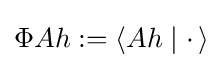
\Phi Ah:=\left\langle Ah\mid \cdot \,\right\rangle